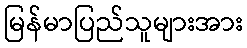
မြန်မာပြည်သူများအား